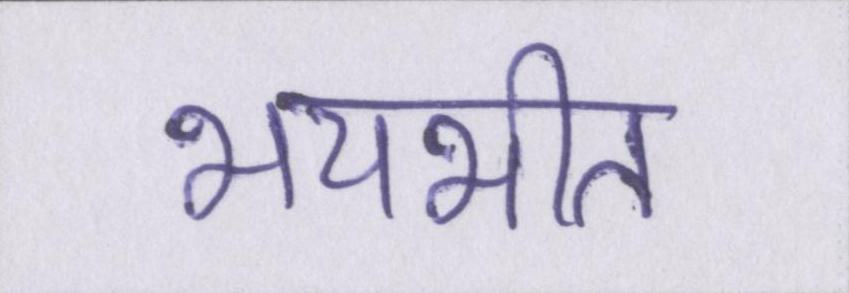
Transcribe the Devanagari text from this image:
भयभीत